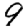
Digit: 9